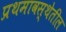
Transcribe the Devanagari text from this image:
प्रथमावस्थेतील